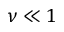
\nu \ll 1